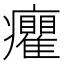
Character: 癯